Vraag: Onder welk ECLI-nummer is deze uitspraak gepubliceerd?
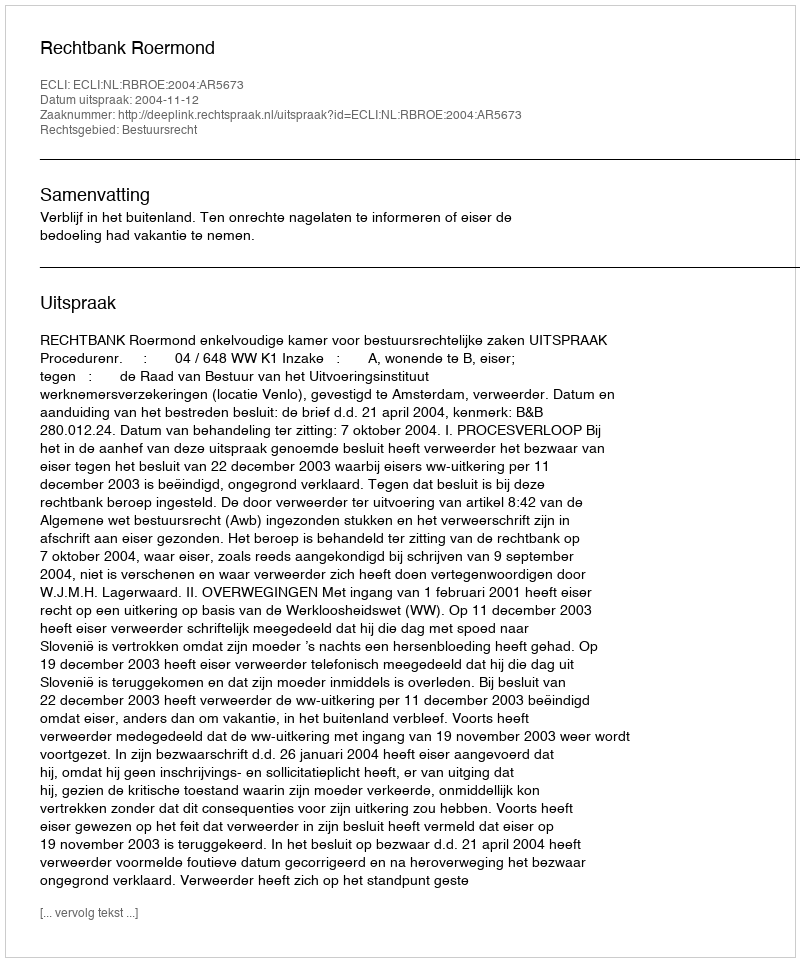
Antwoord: ECLI:NL:RBROE:2004:AR5673